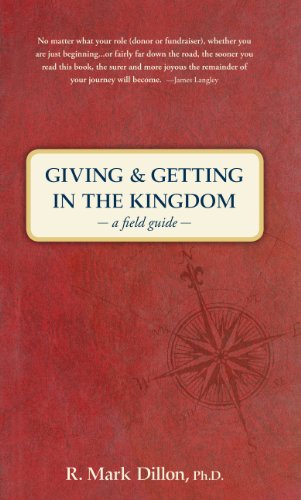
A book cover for Giving and Getting in the Kingdom: A Field Guide; R. Mark Dillon; Christian Books & Bibles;